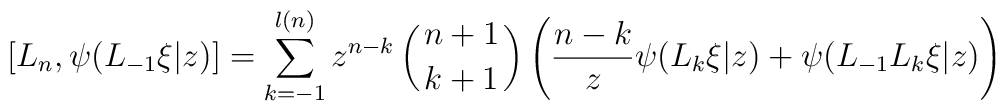
{[}L_n,\psi(L_{-1}\xi|z){]}=\sum_{k=-1}^{l(n)}z^{n-k}\left( {n+1 \atop k+1}\right)\left(\frac{n-k}{z} \psi(L_k\xi|z)+\psi(L_{-1}L_k\xi|z) \right)